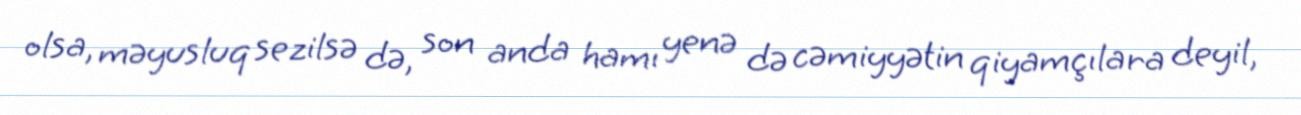
olsa, məyusluq sezilsə də, son anda hamı yenə də cəmiyyətin qiyamçılara deyil,